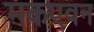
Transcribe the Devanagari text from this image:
मकएवन